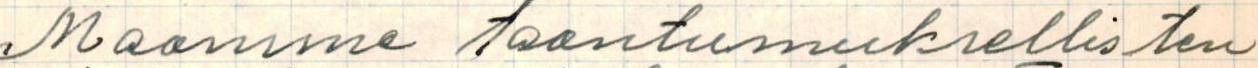
Maamme taantumuksellisten